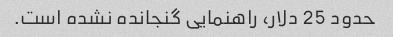
حدود 25 دلار، راهنمایی گنجانده نشده است.